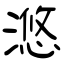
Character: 滺